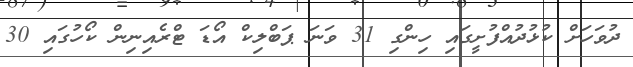
ދުވަހަށް ކުޅުދުއްފުށީގައި ހިންގި 31 ވަނަ ޕަބްލިކް އޯޑަ ޓްރެއިނިން ކޯހުގައި 30